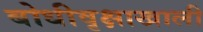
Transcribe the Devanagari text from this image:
बोधीवृक्षाखाली